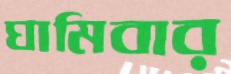
ঘামিবার